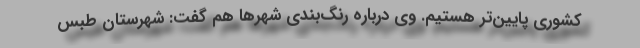
کشوری پایین‌تر هستیم. وی درباره رنگ‌بندی‌ شهرها هم گفت: شهرستان طبس